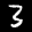
Label: 3